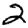
Digit: 2